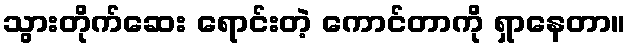
သွားတိုက်ဆေး ရောင်းတဲ့ ကောင်တာကို ရှာနေတာ။